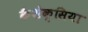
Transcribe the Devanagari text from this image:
कैशेक्सिया